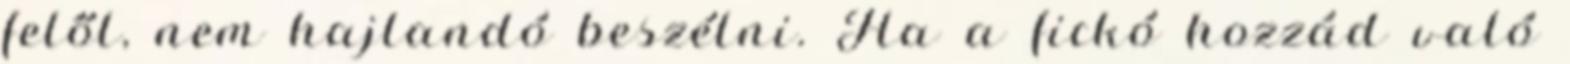
felől, nem hajlandó beszélni. Ha a fickó hozzád való